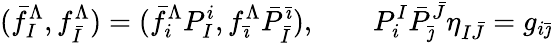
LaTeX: (\bar{f}_{I}^{\Lambda},f_{\bar{I}}^{\Lambda})=(\bar{f}_{i}^{\Lambda}P_{I}^{i},f_{\bar{\imath}}^{\Lambda}\bar{P}_{\bar{I}}^{\bar{\imath}}),\quad\quad P_{i}^{I}\bar{P}_{\bar{\jmath}}^{\bar{J}}\eta_{I\bar{J}}=g_{i\bar{\jmath}}